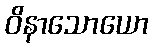
ဝိနာသောယော